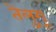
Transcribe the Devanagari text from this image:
तेलु्गू